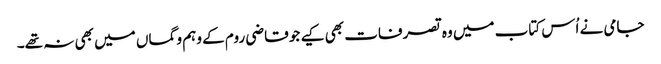
جامی نے اُس کتاب میں وہ تصرفات بھی کیے جو قاضی روم کے وہم و گماں میں بھی نہ تھے۔